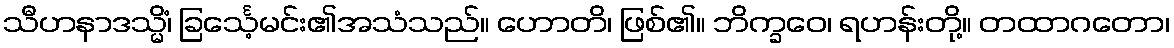
သီဟနာဒသ္မိံ၊ ခြင်္သေ့မင်း၏အသံသည်။ ဟောတိ၊ ဖြစ်၏။ ဘိက္ခဝေ၊ ရဟန်းတို့။ တထာဂတော၊